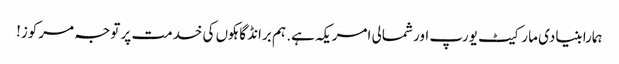
ہمارا بنیادی مارکیٹ یورپ اور شمالی امریکہ ہے. ہم برانڈ گاہکوں کی خدمت پر توجہ مرکوز!